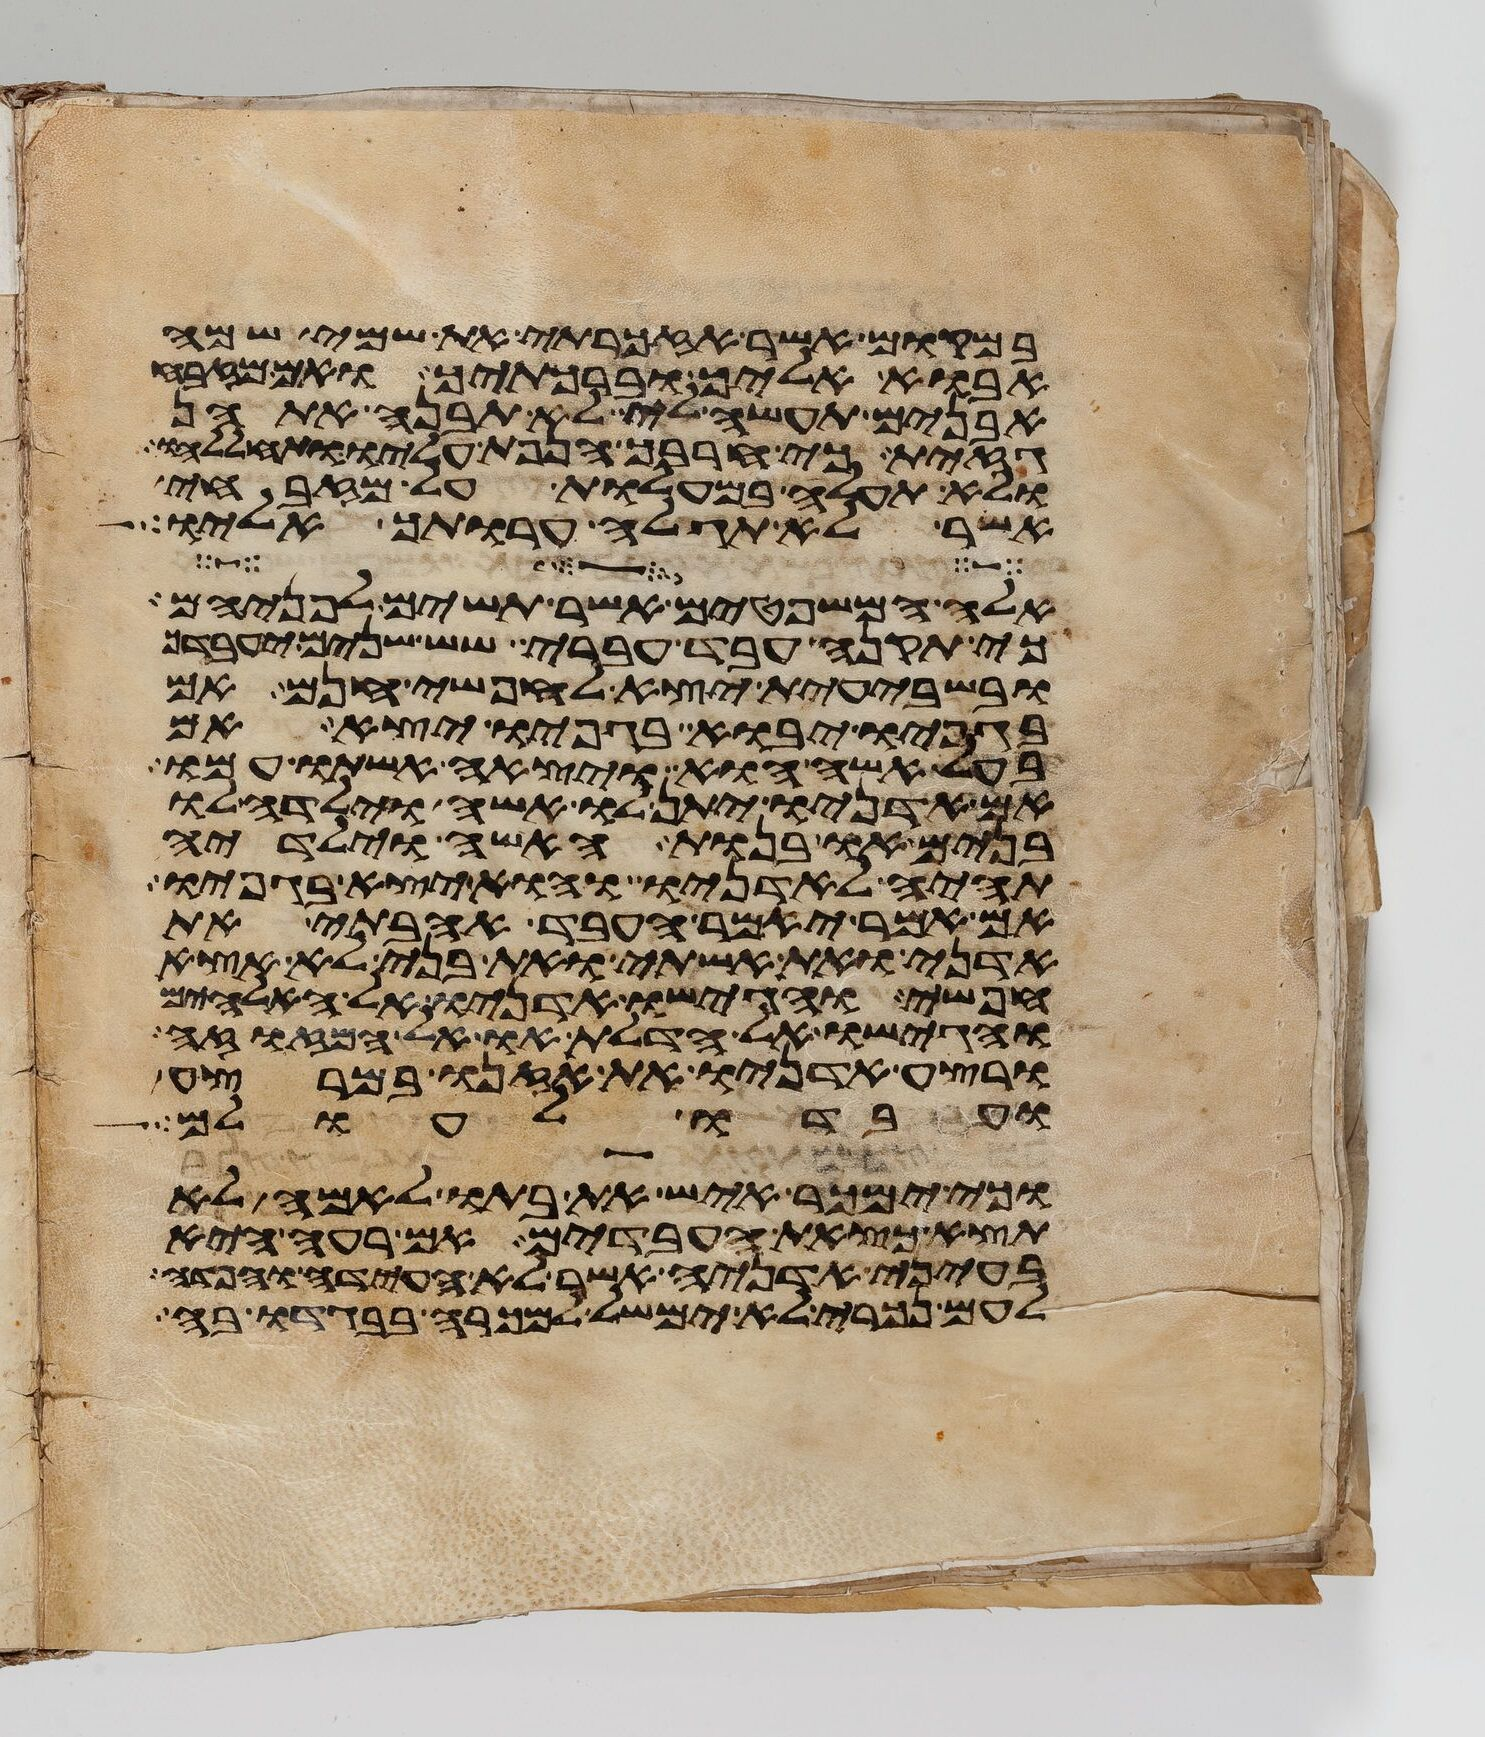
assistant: ובמקום אשר אזכרתי את שמי שמה
אבוא אליך וברכתיך ואם מזבח
אבנים תעשה לי לא תבנה אתהן
גזית כי חרבך הנפת עליו ותחללהו
ולא תעלה במעלות על מזבחי
אשר לא תגלה ערותך אליו
אלה המשפטים אשר תשים לפניהם
כי תקנה עבד עברי שש שנים יעבדך
ובשבעית יצא לחפשי חנם אם
בגפיו יבוא בגפיו יצא אם
בעל אשה הוא ויצאה אשתו עמו
אם אדניו יתן לו אשה וילדה לו
בנים או בנות האשה וילידיה
תהיה לאדניו והוא יצא בגפיו
אם אמר יאמר העבד אהבתי את
אדני את אשתי ואת בני לא אצא
חפשי והגישו אדניו אל האלהים
והגישו אל הדלת או אל המזוזה
ורצע אדניו את אזנו במרצע
ועבדו לעולם
וכי ימכר איש את בתו לאמה לא
תצא כצאת העבדים אם רעה היא
בעיני אדניה אשר לא העידה והפדה
לעם נכרי לא ימשל למכרה בבגדו בה